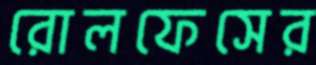
রোলফেসের